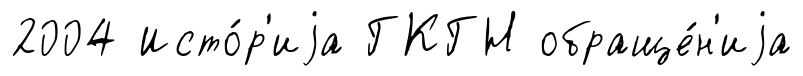
2004 Исто́р'иjа ГКГН обраще́н'иjа